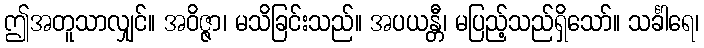
ဤအတူသာလျှင်။ အဝိဇ္ဇာ၊ မသိခြင်းသည်။ အပယန္တီ၊ မပြည့်သည်ရှိသော်။ သင်္ခါရေ၊